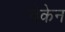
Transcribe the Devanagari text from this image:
वेकेन